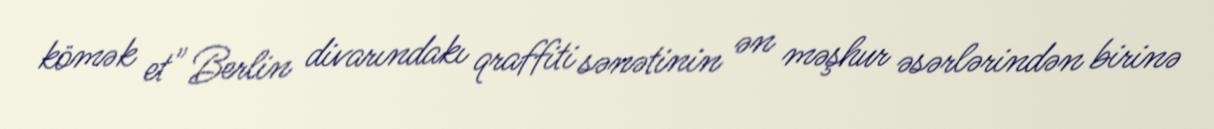
kömək et" Berlin divarındakı qraffiti sənətinin ən məşhur əsərlərindən birinə